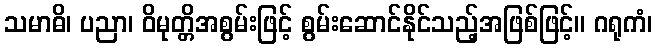
သမာဓိ၊ ပညာ၊ ဝိမုတ္တိအစွမ်းဖြင့် စွမ်းဆောင်နိုင်သည့်အဖြစ်ဖြင့်။ ဂရုကံ၊